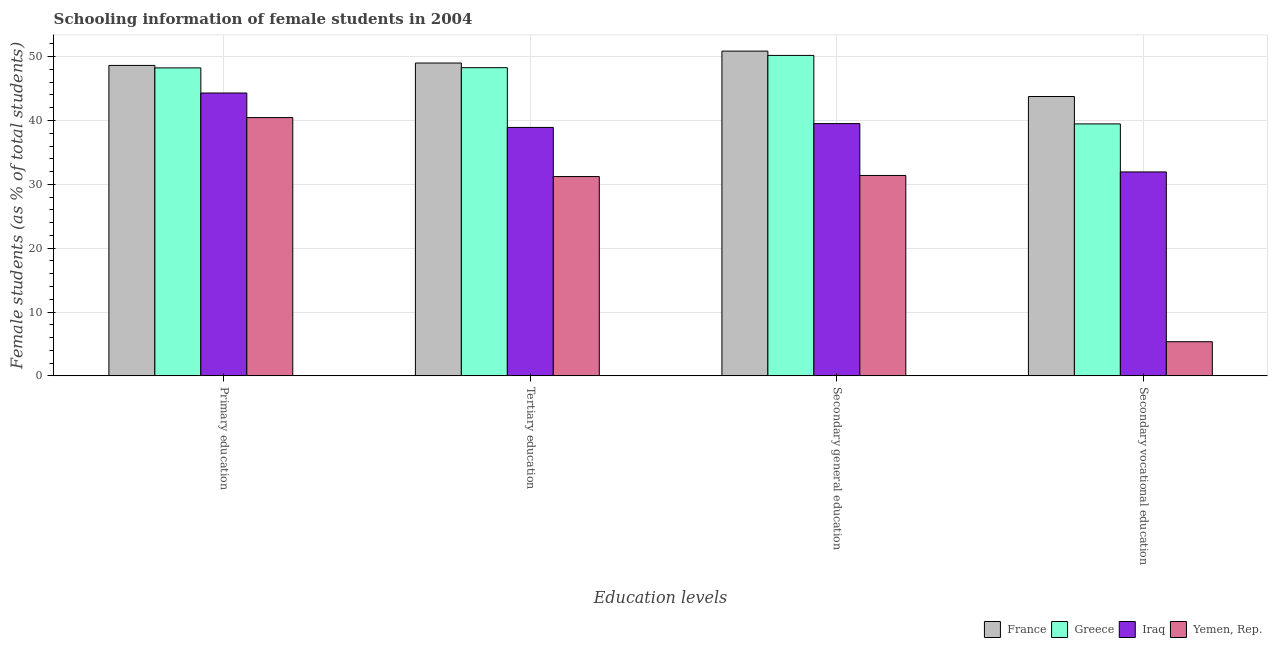
| Education levels | France | Greece | Iraq | Yemen, Rep. |
 | --- | --- | --- | --- | --- |
 | Primary education | 48.6 | 48.2 | 44.3 | 40.5 |
 | Tertiary education | 49 | 48.3 | 38.9 | 31.2 |
 | Secondary general education | 50.9 | 50.2 | 39.5 | 31.4 |
 | Secondary vocational education | 43.8 | 39.5 | 31.9 | 5.35 |